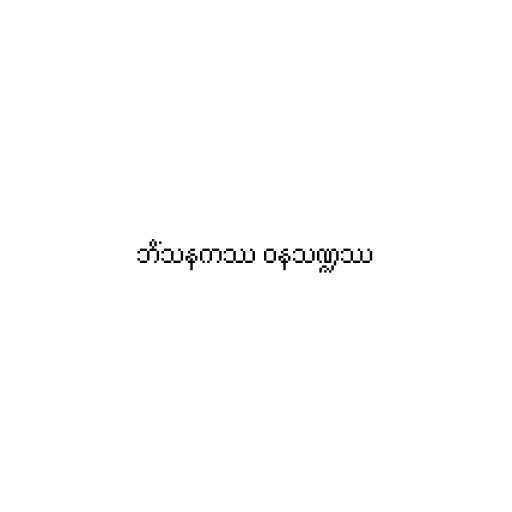
ဘိံသနကဿ ဝနသဏ္ဍဿ